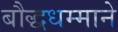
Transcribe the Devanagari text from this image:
बौद्धधम्माने